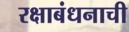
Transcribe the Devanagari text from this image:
रक्षाबंधनाची